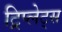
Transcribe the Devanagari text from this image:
ट्रिप्लेट्स